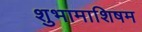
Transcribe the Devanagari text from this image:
शुभामाशिषम